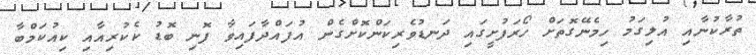
ތުރާކުނާއި އުލިގަމު ހިމެނޭގޮތަށް ހޯރަފުށީގައި ދަނޑުވެރިކަންކޮށްގެން އުފައްދާފައިވާ ފޮނި ބޮޑު ކެކުރިއާއި ކިއުކަމްބާ